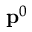
\ensuremath { \mathbf { p } } ^ { 0 }